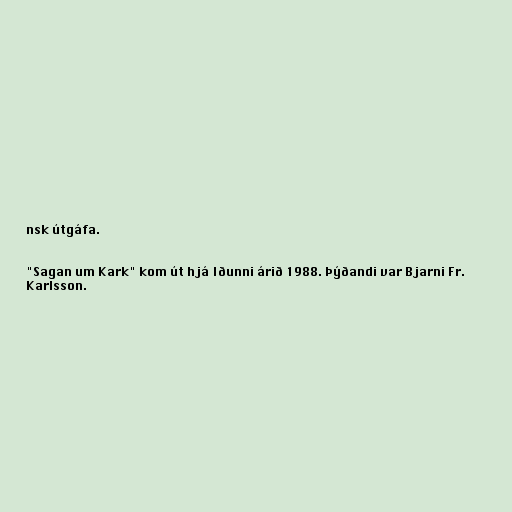
nsk útgáfa.

"Sagan um Kark" kom út hjá Iðunni árið 1988. Þýðandi var Bjarni Fr.
Karlsson.